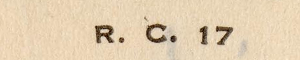
R.C.17